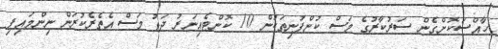
ހާއްސަކޮށްގެން ސަރުކާރުގެ މަސް ކުންފުނިތަކުން 10 ކޮންޓެއިނަރު ދަޅު މަސް އެތެރެކުރަން ނިންމައިފި